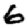
Digit: 6